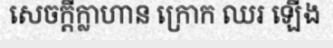
សេចក្តីក្លាហាន ក្រោក ឈរ ឡើង